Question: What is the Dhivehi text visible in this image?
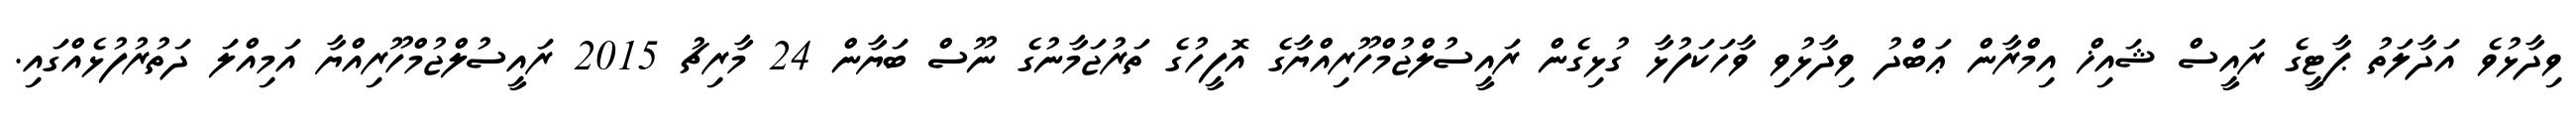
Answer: ވިދާޅުވެ އަދާލަތު ޕާޓީގެ ރައީސް ޝައިޚް އިމްރާން ޢަބްދު ވިދާޅުވި ވާހަކަފުޅާ ގުޅިގެން ރައީސުލްޖުމްހޫރިއްޔާގެ އޮފީހުގެ ތަރުޖަމާނުގެ ނޫސް ބަޔާން 24 މާރިޗު 2015 ރައީސުލްޖުމްހޫރިއްޔާ އަމިއްލަ ދަތުރުފުޅެއްގައި.